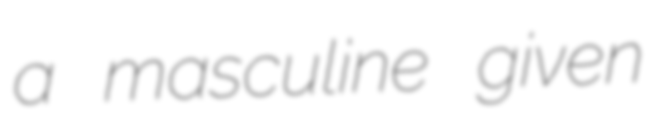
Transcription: a masculine given